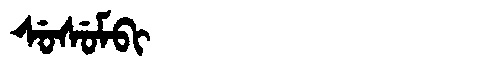
Manchu: ᠰᡠᠰᡠᠮᠪᡳ
Romanization: SUSUMBI